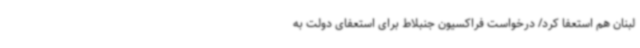
لبنان هم استعفا کرد/ درخواست فراکسیون جنبلاط برای استعفای دولت به